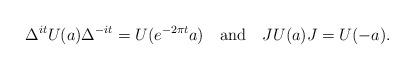
LaTeX: \begin{align*}\Delta^{it}U(a)\Delta^{-it}=U(e^{-2\pi t}a)\quad{\rm and}\quad JU(a)J=U(-a).\end{align*}